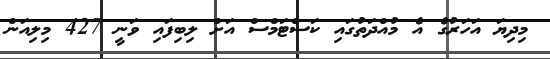
މިދިޔަ އަހަރުގެ އެ މުއްދަތުގައި ކަސްްޓަމްސް އަށް ލިބިފައި ވަނީ 427 މިލިއަން